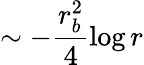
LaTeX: \sim-\frac{r_{b}^{2}}{4}\log r